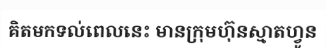
គិតមកទល់ពេលនេះ មានក្រុមហ៊ុនស្មាតហ្វូន